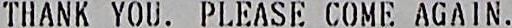
THANK YOU. PLEASE COME AGAIN.